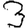
Digit: 3